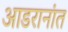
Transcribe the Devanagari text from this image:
आडरानांत